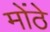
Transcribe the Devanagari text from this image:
मोंठे